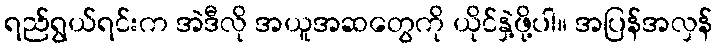
ရည်ရွယ်ရင်းက အဲဒီလို အယူအဆတွေကို ယိုင်နှဲ့ဖို့ပါ။ အပြန်အလှန်